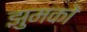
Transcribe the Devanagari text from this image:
झुमकों